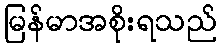
မြန်မာအစိုးရသည်